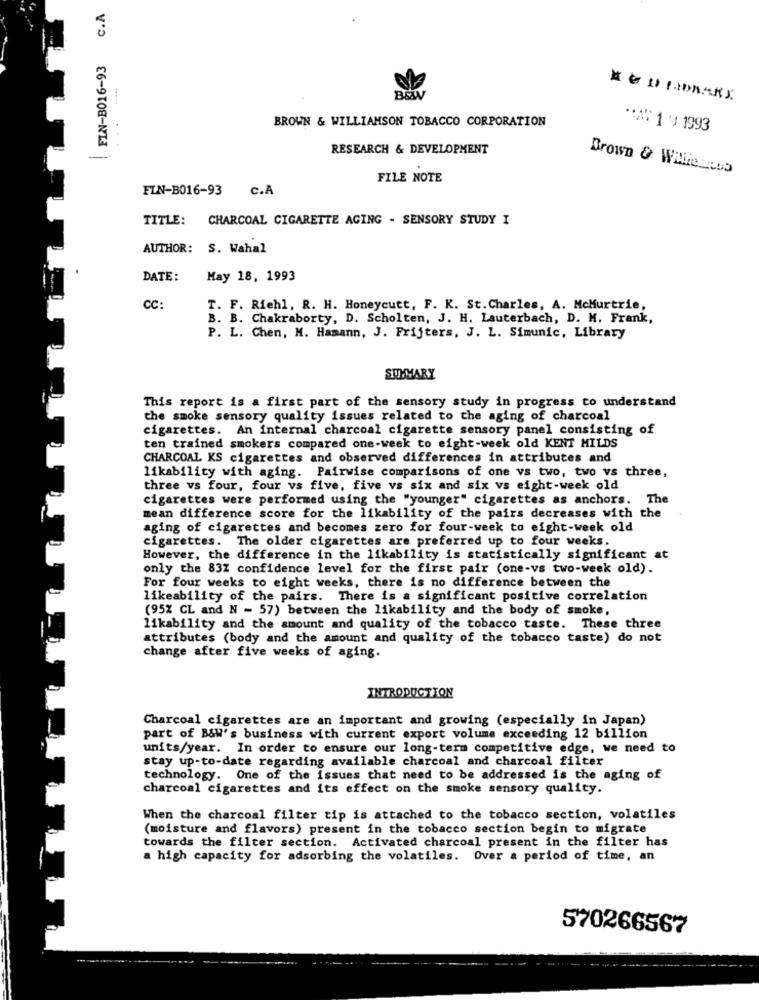
C.A
FIN-B016-93
BEN
ADILIDRAKE.
BROWN & WILLIAMSON TOBACCO CORPORATION
**** 1'9 1993
RESEARCH & DEVELOPMENT
Brown & Willie unos
FILE NOTE
FIN-B016-93 c.A
TITLE: CHARCOAL CIGARETTE AGING - SENSORY STUDY I
AUTHOR: S. Wahal
DATE:
May 18, 1993
CC:
T. F. Riehl, R. H. Honeycutt, F. K. St. Charles, A. McMurtrie,
B. B. Chakraborty, D. Scholten, J. H. Lauterbach, D. M. Frank,
P. L. Chen, M. Hamann, J. Frijters, J. L. Simunic, Library
SUMMARY
This report is a first part of the sensory study in progress to understand
the smoke sensory quality issues related to the aging of charcoal
cigarettes. An internal charcoal cigarette sensory panel consisting of
ten trained smokers compared one-week to eight-week old KENT MILDS
CHARCOAL KS cigarettes and observed differences in attributes and
likability with aging. Pairwise comparisons of one vs two, two vs three,
three vs four, four vs five, five vs six and six vs eight-week old
cigarettes were performed using the "younger" cigarettes as anchors. The
mean difference score for the likability of the pairs decreases with the
aging of cigarettes and becomes zero for four-week to eight-week old
cigarettes. The older cigarettes are preferred up to four weeks.
However, the difference in the likability is statistically significant at
only the 83% confidence level for the first pair (one-vs two-week old).
For four weeks to eight weeks, there is no difference between the
likeability of the pairs. There is a significant positive correlation
(95% CL and N - 57) between the likability and the body of smoke,
likability and the amount and quality of the tobacco taste. These three
attributes (body and the amount and quality of the tobacco taste) do not
change after five weeks of aging.
INTRODUCTION
Charcoal cigarettes are an important and growing (especially in Japan)
part of B&W's business with current export volume exceeding 12 billion
units/year. In order to ensure our long-term competitive edge, we need to
stay up-to-date regarding available charcoal and charcoal filter
technology. One of the issues that need to be addressed is the aging of
charcoal cigarettes and its effect on the smoke sensory quality.
When the charcoal filter tip is attached to the tobacco section, volatiles
(moisture and flavors) present in the tobacco section begin to migrate
towards the filter section. Activated charcoal present in the filter has
a high capacity for adsorbing the volatiles. Over a period of time, an
570266567